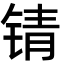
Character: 锖